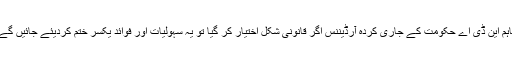
تاہم این ڈی اے حکومت کے جاری کردہ آرڈیننس اگر قانونی شکل اختیار کر گیا تو یہ سہولیات اور فوائد یکسر ختم کردیئے جائیں گے۔